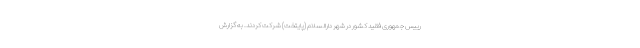
رییس جمهوری فقید کشور در شهر دارالسلام (پایتخت) شرکت کردند. به گزارش